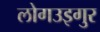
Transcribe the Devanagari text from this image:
लोगउइगुर